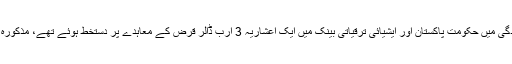
یاد رہے کہ گزشتہ روز وفاقی وزیر اقتصادی امور حماد اظہر کی موجودگی میں حکومت پاکستان اور ایشیائی ترقیاتی بینک میں ایک اعشاریہ 3 ارب ڈالر قرض کے معاہدے پر دستخط ہوئے تھے، مذکورہ قرض توانائی کے شعبے اور مالی استحکام کےلئے استعمال کیا جانا تھا۔